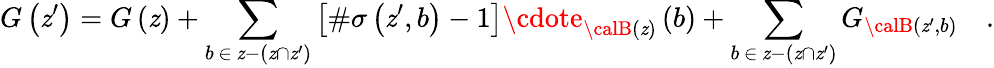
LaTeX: G\left(\mathit{z}^{\prime}\right)=G\left(\mathit{z}\right)+\sum_{b\, \in\, \mathit{z}-\left(\mathit{z}\cap\mathit{z}^{\prime}\right)}\left[\# \sigma\left(\mathit{z}^{\prime},b\right)-1\right]\cdote_{{\calB}\left(\mathit{z}\right)}\left(b\right)+\sum_{b\, \in\, \mathit{z}-\left(\mathit{z}\cap\mathit{z}^{\prime}\right)}G_{{\calB}\left(\mathit{z}^{\prime},b\right)}\quad.